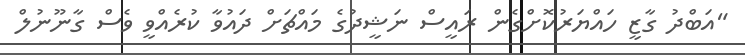
"އަބްދު ގާޒީ ހައްޔަރުކޮށްގެން ރައީސް ނަޝީދުގެ މައްޗަށް ދައުވާ ކުރެއްވީ ވެސް ގާނޫނުލް